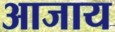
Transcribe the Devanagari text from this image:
आजाय